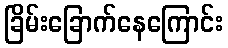
ခြိမ်းခြောက်နေကြောင်း